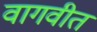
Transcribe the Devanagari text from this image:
वागवीत